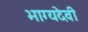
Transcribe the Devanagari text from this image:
भाग्यदेवी